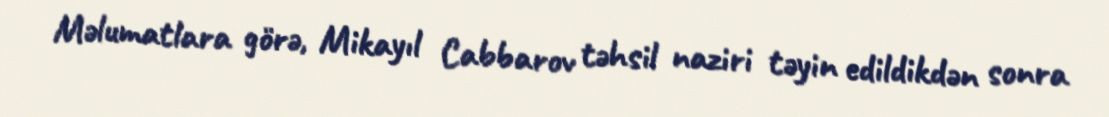
Məlumatlara görə, Mikayıl Cabbarov təhsil naziri təyin edildikdən sonra